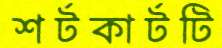
শর্টকার্টটি